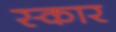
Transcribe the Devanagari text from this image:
स्‍कार